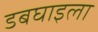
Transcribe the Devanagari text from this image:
डबघाइला